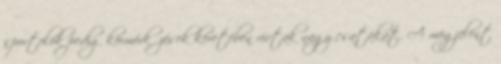
sportolók pedig körmérkőzések keretében vívtak nagy csatákat. A megjelent